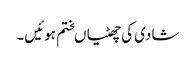
شادی کی چھٹیاںختم ہوئیں۔